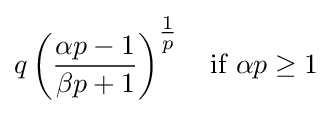
q\left({\frac {\alpha p-1}{\beta p+1}}\right)^{\tfrac {1}{p}}\quad {\text{if }}\alpha p\geq 1